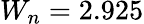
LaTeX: W_{n}=2.925